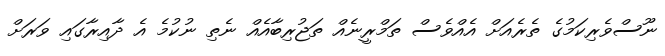
ނޫސްވެރިކަމުގެ ތެރެއަށް އެއްވެސް ތަމްރީނެއް ތަޖުރިބާއެއް ނެތި ނުކުމެ އެ ދާއިރާގައި ވަރަށް